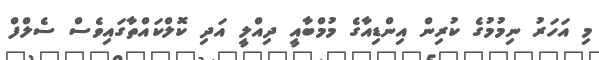
މި އަހަރު ނިމުމުގެ ކުރިން އިންޑިއާގެ މުމްބާއީ ދިއްލީ އަދި ކޮލްކައްތާގައިވެސް ސެލްފް